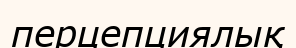
перцепциялық